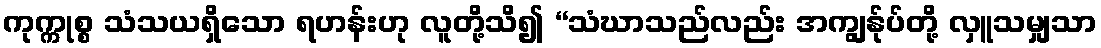
ကုက္ကုစ္စ သံသယရှိသော ရဟန်းဟု လူတို့သိ၍ “သံဃာသည်လည်း အကျွန်ုပ်တို့ လှူသမျှသာ